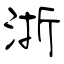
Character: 浙